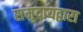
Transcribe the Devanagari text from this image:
समुदायद्वारा